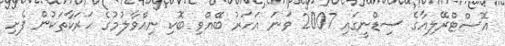
އޮސްޓްރޭލިއާގެ ސިޑްނީގައި 2007 ވަނަ އަހަރު ބޭއްވި ބޮކި ނިއްވާލުމުގެ ޙަރަކާތަކުން ފެށި